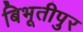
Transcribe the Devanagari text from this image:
बिभूतीपुर